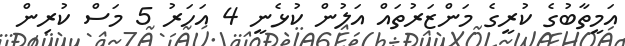
އަމީތާބުގެ ކުރީގެ މަންޒަރުތައް އަލުން ކުޅެނީ 4 އަހަރު 5 މަސް ކުރިން